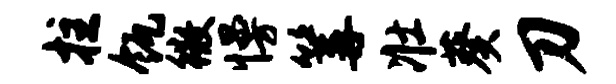
拄瓴徽慢篝壮葵刀